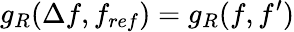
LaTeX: g_{R}(\Delta f,f_{ref})=g_{R}(f,f^{\prime})